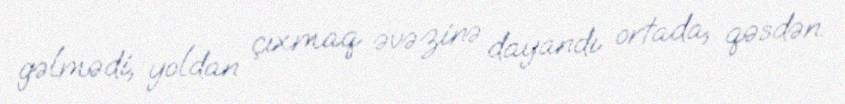
gəlmədi, yoldan çıxmaq əvəzinə dayandı ortada, qəsdən.